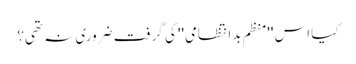
کیا اس ''منظم بدانتظامی'' کی گرفت ضروری نہ تھی؟